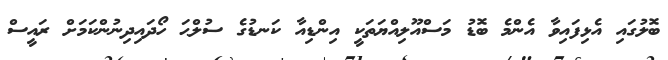
ބޮލުގައި އެޅިފައިވާ އެންމެ ބޮޑު މަސްއޫލިއްޔަތަކީ އިންޑިއާ ކަނޑުގެ ސުލްޙަ ހޯދައިދިނުންކަމަށް ރައީސް